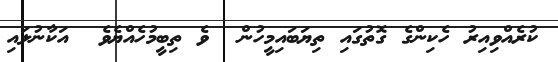
ކުރެއްވިއިރު ހެކިންގެ ގޮތުގައި ތިޔަބައިމީހުން  ވެ ތިބީމުހެއްޔެވެ  އަކާނުލައި